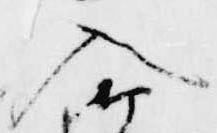
入